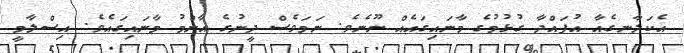
އެކަލާނގެއާ އުފައްދާ ގުޅުމުގެ މާނައިގައެއް ނޫނެވެ. ނަމަވެސް ދީނުގެ އާންމު މާނައިގައެވެ. އިސްލާމީ